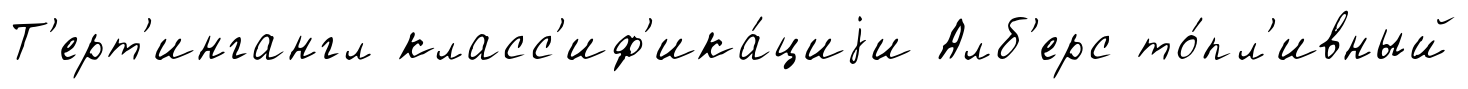
Т'ерт'ингангл класс'иф'ика́циjи Алб'ерс то́пл'ивный